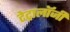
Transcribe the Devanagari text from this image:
टेट्रालॉजी